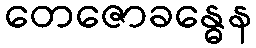
တေဇောခန္ဓေန